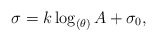
\begin{align*}\sigma=k\log_{(\theta)}A+\sigma_0,\end{align*}